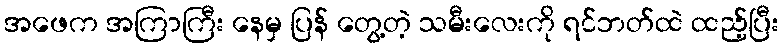
အဖေက အကြာကြီး နေမှ ပြန် တွေ့တဲ့ သမီးလေးကို ရင်ဘတ်ထဲ ထည့်ပြီး